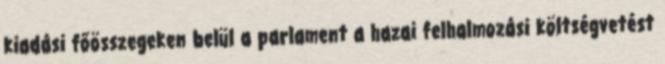
kiadási főösszegeken belül a parlament a hazai felhalmozási költségvetést